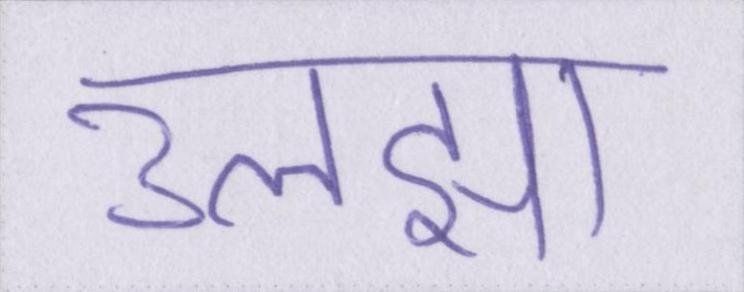
उलझा